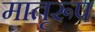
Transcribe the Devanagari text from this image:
मातृरूप